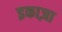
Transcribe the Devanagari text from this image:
इकाज़ा